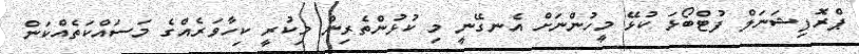
ޕްރޮފިޝަނަލް ފުޓްބޯޅަ ކުޅޭ މީހުންނަށް އެނގޭނީ މި ކުޅުންތެރިން މިކުރީ ކިހާވަރެއްގެ މަސައްކަތެއްކަން